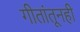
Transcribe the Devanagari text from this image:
गीतांतूनही